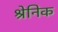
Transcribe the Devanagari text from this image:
श्रेनिक